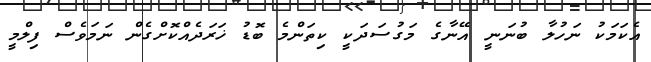
އެކަމަކު ނަހުލާ ބުނަނީ އޭނާގެ މަގުސަދަކީ ކިތަންމެ ބޮޑު ޚަރަދެއްކޮށްގެން ނަމަވެސް ފިލްމީ